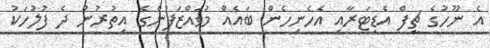
އެ ނޫހުގެ ޗީފް އެޑިޓަރާއި އެހެނިހެން ބައެއް މުވައްޒަފުންގެ އިތުރުން ދެ ފުލުހަކު